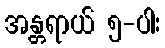
အန္တရာယ် ၅-ပါး